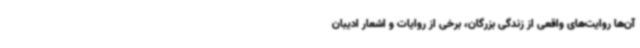
آن‌ها روایت‌های واقعی از زندگی بزرگان، برخی از روایات و اشعار ادیبان